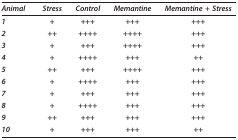
| Animal | Stress | Control | Memantine | Memantine + Stress |
 | --- | --- | --- | --- | --- |
 | 1 | + | +++ | +++ | +++ |
 | 2 | ++ | ++++ | ++++ | +++ |
 | 3 | + | +++ | ++++ | +++ |
 | 4 | + | ++++ | +++ | ++ |
 | 5 | ++ | +++ | ++++ | +++ |
 | 6 | + | ++++ | +++ | +++ |
 | 7 | + | +++ | +++ | +++ |
 | 8 | + | ++++ | +++ | +++ |
 | 9 | ++ | +++ | +++ | +++ |
 | 10 | + | +++ | +++ | ++ |